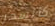
كالسحر